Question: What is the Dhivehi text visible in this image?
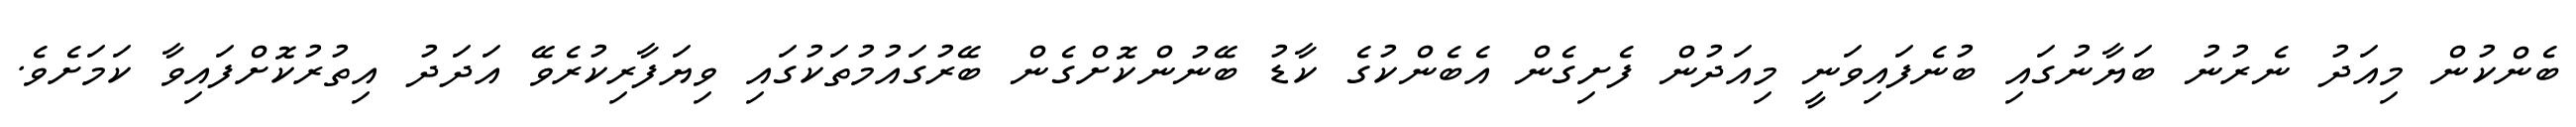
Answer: ބެންކުން މިއަދު ނެރުނު ބަޔާނުގައި ބުނެފައިވަނީ މިއަދުން ފެށިގެން އެބެންކުގެ ކާޑު ބޭނުންކޮށްގެން ބޭރުގައުމުތަކުގައި ވިޔަފާރިކުރެވޭ އަދަދު އިތުރުކޮށްފައިވާ ކަމަށެވެ.